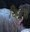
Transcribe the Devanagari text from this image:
चिमुरात